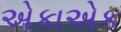
એકાએક